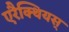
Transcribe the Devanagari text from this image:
एरैक्थियस्‌